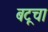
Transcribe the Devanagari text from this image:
बटूचा